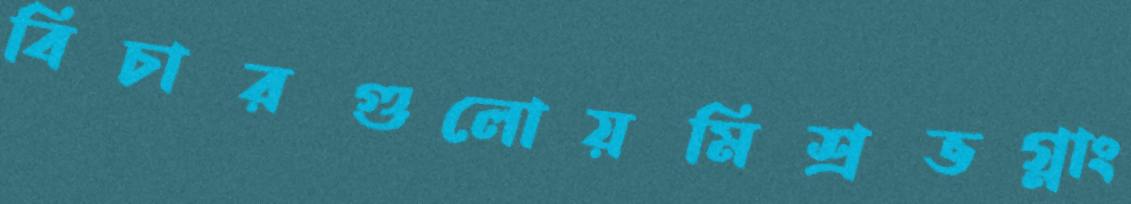
বিচারগুলোয়মিশ্রভগ্নাং